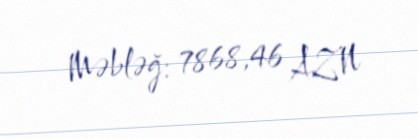
Məbləğ: 7868,46 AZN